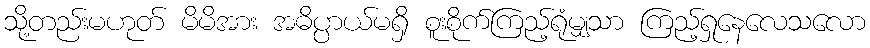
သို့တည်းမဟုတ် မိမိအား အဓိပ္ပာယ်မရှိ စူးစိုက်ကြည့်ရုံမျှသာ ကြည့်ရှုနေလေသလော